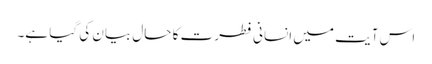
اس آیت میں انسانی فطرت کا حال بیان کی گیا ہے۔